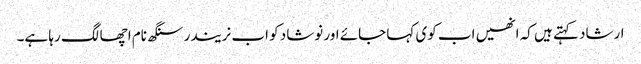
ارشاد کہتے ہیں کہ انھیں اب کوی کہا جائے اور نوشاد کو اب نریندر سنگھ نام اچھا لگ رہا ہے۔